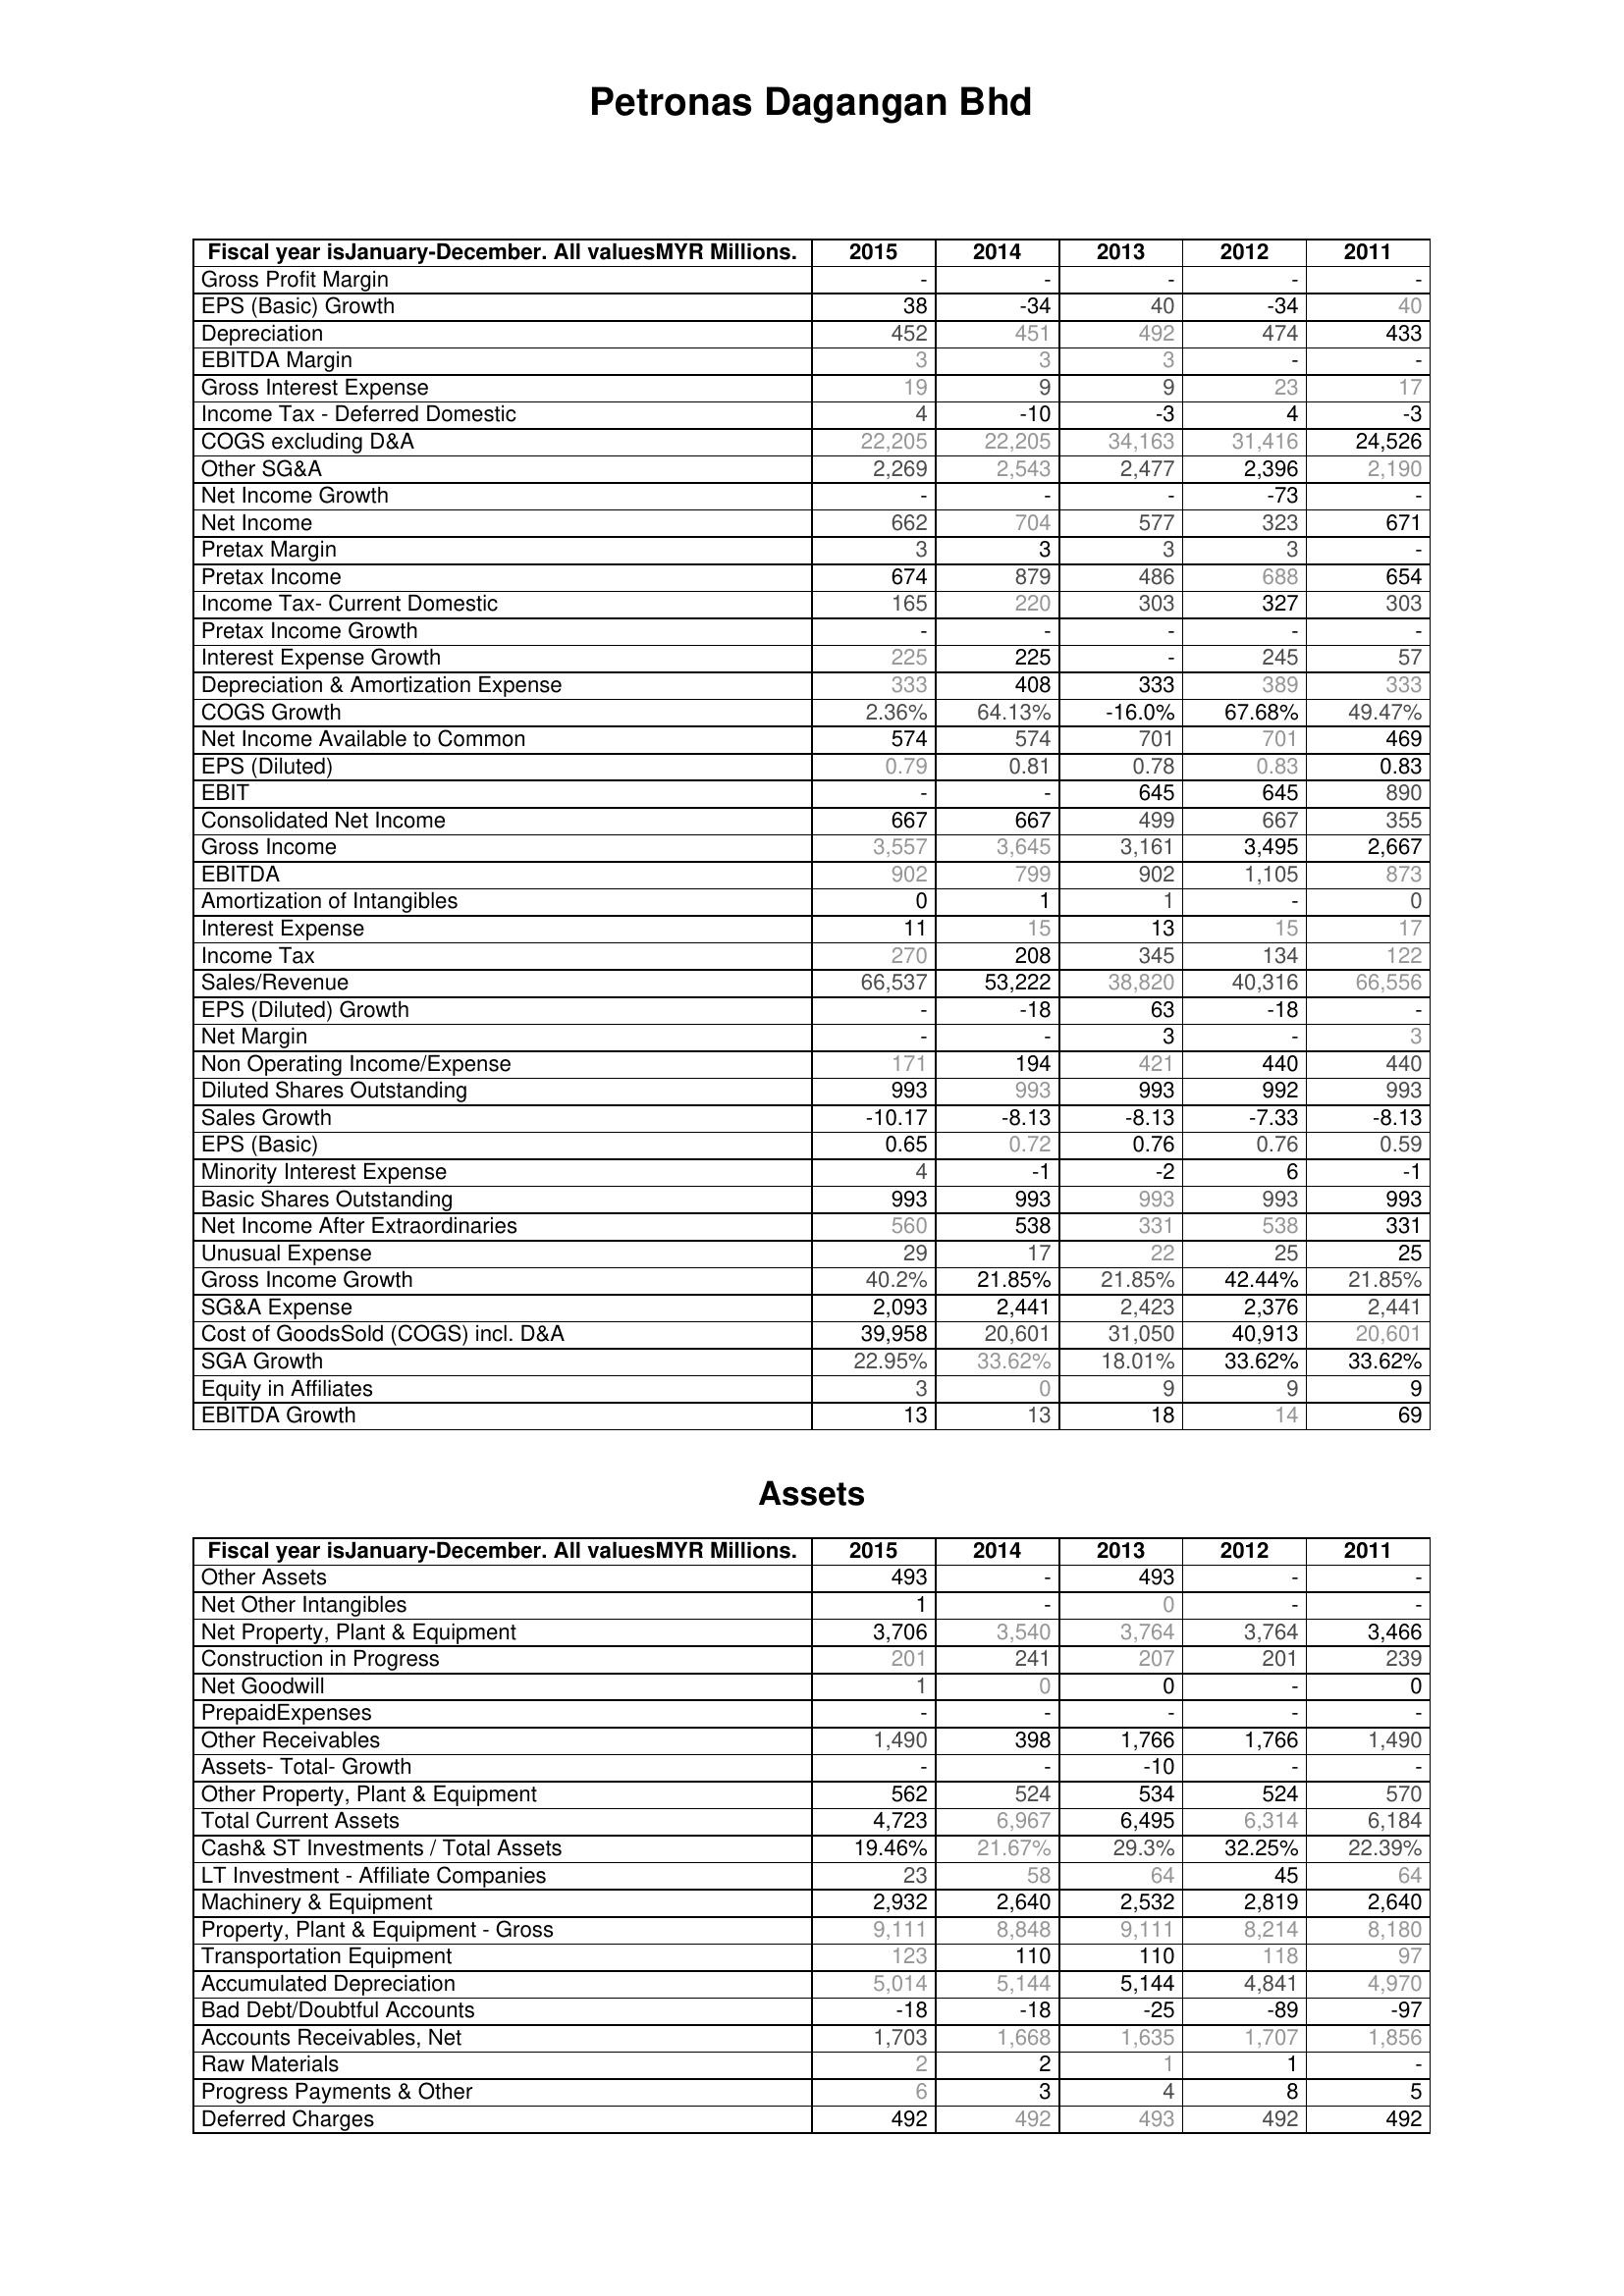
2015: : Gross Profit Margin: -
EPS (Basic) Growth: 38
Depreciation: 452
EBITDA Margin: 3
Gross Interest Expense: 19
Income Tax - Deferred Domestic: 4
COGS excluding D&A: 22,205
Other SG&A: 2,269
Net Income Growth: -
Net Income: 662
Pretax Margin: 3
Pretax Income: 674
Income Tax- Current Domestic: 165
Pretax Income Growth: -
Interest Expense Growth: 225
Depreciation & Amortization Expense: 333
COGS Growth: 2.36%
Net Income Available to Common: 574
EPS (Diluted): 0.79
EBIT: -
Consolidated Net Income: 667
Gross Income: 3,557
EBITDA: 902
Amortization of Intangibles: 0
Interest Expense: 11
Income Tax: 270
Sales/Revenue: 66,537
EPS (Diluted) Growth: -
Net Margin: -
Non Operating Income/Expense: 171
Diluted Shares Outstanding: 993
Sales Growth: -10.17
EPS (Basic): 0.65
Minority Interest Expense: 4
Basic Shares Outstanding: 993
Net Income After Extraordinaries: 560
Unusual Expense: 29
Gross Income Growth: 40.2%
SG&A Expense: 2,093
Cost of GoodsSold (COGS) incl. D&A: 39,958
SGA Growth: 22.95%
Equity in Affiliates: 3
EBITDA Growth: 13
Assets: Other Assets: 493
Net Other Intangibles: 1
Net Property, Plant & Equipment: 3,706
Construction in Progress: 201
Net Goodwill: 1
PrepaidExpenses: -
Other Receivables: 1,490
Assets- Total- Growth: -
Other Property, Plant & Equipment: 562
Total Current Assets: 4,723
Cash& ST Investments / Total Assets: 19.46%
LT Investment - Affiliate Companies: 23
Machinery & Equipment: 2,932
Property, Plant & Equipment - Gross : 9,111
Transportation Equipment: 123
Accumulated Depreciation: 5,014
Bad Debt/Doubtful Accounts: -18
Accounts Receivables, Net: 1,703
Raw Materials: 2
Progress Payments & Other: 6
Deferred Charges: 492
2014: : Gross Profit Margin: -
EPS (Basic) Growth: -34
Depreciation: 451
EBITDA Margin: 3
Gross Interest Expense: 9
Income Tax - Deferred Domestic: -10
COGS excluding D&A: 22,205
Other SG&A: 2,543
Net Income Growth: -
Net Income: 704
Pretax Margin: 3
Pretax Income: 879
Income Tax- Current Domestic: 220
Pretax Income Growth: -
Interest Expense Growth: 225
Depreciation & Amortization Expense: 408
COGS Growth: 64.13%
Net Income Available to Common: 574
EPS (Diluted): 0.81
EBIT: -
Consolidated Net Income: 667
Gross Income: 3,645
EBITDA: 799
Amortization of Intangibles: 1
Interest Expense: 15
Income Tax: 208
Sales/Revenue: 53,222
EPS (Diluted) Growth: -18
Net Margin: -
Non Operating Income/Expense: 194
Diluted Shares Outstanding: 993
Sales Growth: -8.13
EPS (Basic): 0.72
Minority Interest Expense: -1
Basic Shares Outstanding: 993
Net Income After Extraordinaries: 538
Unusual Expense: 17
Gross Income Growth: 21.85%
SG&A Expense: 2,441
Cost of GoodsSold (COGS) incl. D&A: 20,601
SGA Growth: 33.62%
Equity in Affiliates: 0
EBITDA Growth: 13
Assets: Other Assets: -
Net Other Intangibles: -
Net Property, Plant & Equipment: 3,540
Construction in Progress: 241
Net Goodwill: 0
PrepaidExpenses: -
Other Receivables: 398
Assets- Total- Growth: -
Other Property, Plant & Equipment: 524
Total Current Assets: 6,967
Cash& ST Investments / Total Assets: 21.67%
LT Investment - Affiliate Companies: 58
Machinery & Equipment: 2,640
Property, Plant & Equipment - Gross : 8,848
Transportation Equipment: 110
Accumulated Depreciation: 5,144
Bad Debt/Doubtful Accounts: -18
Accounts Receivables, Net: 1,668
Raw Materials: 2
Progress Payments & Other: 3
Deferred Charges: 492
2013: : Gross Profit Margin: -
EPS (Basic) Growth: 40
Depreciation: 492
EBITDA Margin: 3
Gross Interest Expense: 9
Income Tax - Deferred Domestic: -3
COGS excluding D&A: 34,163
Other SG&A: 2,477
Net Income Growth: -
Net Income: 577
Pretax Margin: 3
Pretax Income: 486
Income Tax- Current Domestic: 303
Pretax Income Growth: -
Interest Expense Growth: -
Depreciation & Amortization Expense: 333
COGS Growth: -16.0%
Net Income Available to Common: 701
EPS (Diluted): 0.78
EBIT: 645
Consolidated Net Income: 499
Gross Income: 3,161
EBITDA: 902
Amortization of Intangibles: 1
Interest Expense: 13
Income Tax: 345
Sales/Revenue: 38,820
EPS (Diluted) Growth: 63
Net Margin: 3
Non Operating Income/Expense: 421
Diluted Shares Outstanding: 993
Sales Growth: -8.13
EPS (Basic): 0.76
Minority Interest Expense: -2
Basic Shares Outstanding: 993
Net Income After Extraordinaries: 331
Unusual Expense: 22
Gross Income Growth: 21.85%
SG&A Expense: 2,423
Cost of GoodsSold (COGS) incl. D&A: 31,050
SGA Growth: 18.01%
Equity in Affiliates: 9
EBITDA Growth: 18
Assets: Other Assets: 493
Net Other Intangibles: 0
Net Property, Plant & Equipment: 3,764
Construction in Progress: 207
Net Goodwill: 0
PrepaidExpenses: -
Other Receivables: 1,766
Assets- Total- Growth: -10
Other Property, Plant & Equipment: 534
Total Current Assets: 6,495
Cash& ST Investments / Total Assets: 29.3%
LT Investment - Affiliate Companies: 64
Machinery & Equipment: 2,532
Property, Plant & Equipment - Gross : 9,111
Transportation Equipment: 110
Accumulated Depreciation: 5,144
Bad Debt/Doubtful Accounts: -25
Accounts Receivables, Net: 1,635
Raw Materials: 1
Progress Payments & Other: 4
Deferred Charges: 493
2012: : Gross Profit Margin: -
EPS (Basic) Growth: -34
Depreciation: 474
EBITDA Margin: -
Gross Interest Expense: 23
Income Tax - Deferred Domestic: 4
COGS excluding D&A: 31,416
Other SG&A: 2,396
Net Income Growth: -73
Net Income: 323
Pretax Margin: 3
Pretax Income: 688
Income Tax- Current Domestic: 327
Pretax Income Growth: -
Interest Expense Growth: 245
Depreciation & Amortization Expense: 389
COGS Growth: 67.68%
Net Income Available to Common: 701
EPS (Diluted): 0.83
EBIT: 645
Consolidated Net Income: 667
Gross Income: 3,495
EBITDA: 1,105
Amortization of Intangibles: -
Interest Expense: 15
Income Tax: 134
Sales/Revenue: 40,316
EPS (Diluted) Growth: -18
Net Margin: -
Non Operating Income/Expense: 440
Diluted Shares Outstanding: 992
Sales Growth: -7.33
EPS (Basic): 0.76
Minority Interest Expense: 6
Basic Shares Outstanding: 993
Net Income After Extraordinaries: 538
Unusual Expense: 25
Gross Income Growth: 42.44%
SG&A Expense: 2,376
Cost of GoodsSold (COGS) incl. D&A: 40,913
SGA Growth: 33.62%
Equity in Affiliates: 9
EBITDA Growth: 14
Assets: Other Assets: -
Net Other Intangibles: -
Net Property, Plant & Equipment: 3,764
Construction in Progress: 201
Net Goodwill: -
PrepaidExpenses: -
Other Receivables: 1,766
Assets- Total- Growth: -
Other Property, Plant & Equipment: 524
Total Current Assets: 6,314
Cash& ST Investments / Total Assets: 32.25%
LT Investment - Affiliate Companies: 45
Machinery & Equipment: 2,819
Property, Plant & Equipment - Gross : 8,214
Transportation Equipment: 118
Accumulated Depreciation: 4,841
Bad Debt/Doubtful Accounts: -89
Accounts Receivables, Net: 1,707
Raw Materials: 1
Progress Payments & Other: 8
Deferred Charges: 492
2011: : Gross Profit Margin: -
EPS (Basic) Growth: 40
Depreciation: 433
EBITDA Margin: -
Gross Interest Expense: 17
Income Tax - Deferred Domestic: -3
COGS excluding D&A: 24,526
Other SG&A: 2,190
Net Income Growth: -
Net Income: 671
Pretax Margin: -
Pretax Income: 654
Income Tax- Current Domestic: 303
Pretax Income Growth: -
Interest Expense Growth: 57
Depreciation & Amortization Expense: 333
COGS Growth: 49.47%
Net Income Available to Common: 469
EPS (Diluted): 0.83
EBIT: 890
Consolidated Net Income: 355
Gross Income: 2,667
EBITDA: 873
Amortization of Intangibles: 0
Interest Expense: 17
Income Tax: 122
Sales/Revenue: 66,556
EPS (Diluted) Growth: -
Net Margin: 3
Non Operating Income/Expense: 440
Diluted Shares Outstanding: 993
Sales Growth: -8.13
EPS (Basic): 0.59
Minority Interest Expense: -1
Basic Shares Outstanding: 993
Net Income After Extraordinaries: 331
Unusual Expense: 25
Gross Income Growth: 21.85%
SG&A Expense: 2,441
Cost of GoodsSold (COGS) incl. D&A: 20,601
SGA Growth: 33.62%
Equity in Affiliates: 9
EBITDA Growth: 69
Assets: Other Assets: -
Net Other Intangibles: -
Net Property, Plant & Equipment: 3,466
Construction in Progress: 239
Net Goodwill: 0
PrepaidExpenses: -
Other Receivables: 1,490
Assets- Total- Growth: -
Other Property, Plant & Equipment: 570
Total Current Assets: 6,184
Cash& ST Investments / Total Assets: 22.39%
LT Investment - Affiliate Companies: 64
Machinery & Equipment: 2,640
Property, Plant & Equipment - Gross : 8,180
Transportation Equipment: 97
Accumulated Depreciation: 4,970
Bad Debt/Doubtful Accounts: -97
Accounts Receivables, Net: 1,856
Raw Materials: -
Progress Payments & Other: 5
Deferred Charges: 492